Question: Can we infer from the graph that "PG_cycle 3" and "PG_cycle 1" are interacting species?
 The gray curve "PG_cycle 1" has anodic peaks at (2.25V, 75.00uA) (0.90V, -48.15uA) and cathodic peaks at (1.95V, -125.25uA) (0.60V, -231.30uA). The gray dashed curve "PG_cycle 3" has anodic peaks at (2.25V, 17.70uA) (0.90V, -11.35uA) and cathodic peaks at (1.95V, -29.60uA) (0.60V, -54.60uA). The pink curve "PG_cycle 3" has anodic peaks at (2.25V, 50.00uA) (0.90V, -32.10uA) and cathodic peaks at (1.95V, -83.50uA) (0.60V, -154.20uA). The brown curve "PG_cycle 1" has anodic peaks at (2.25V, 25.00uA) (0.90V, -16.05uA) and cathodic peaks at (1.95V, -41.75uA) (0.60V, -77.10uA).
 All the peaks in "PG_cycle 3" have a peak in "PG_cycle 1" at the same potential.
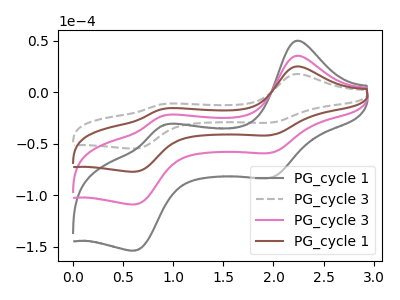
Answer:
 <answer>No, "PG_cycle 3" and "PG_cycle 1" don't appear to be significantly different in shape</answer>
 <eval>no_change</eval>